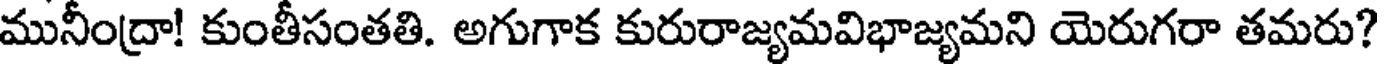
మునీంద్రా! కుంతీసంతతి. అగుగాక కురురాజ్యమవిభాజ్యమని యెరుగరా తమరు?